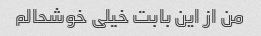
من از این بابت خیلی خوشحالم